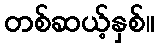
တစ်ဆယ့်နှစ်။